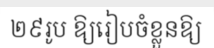
២៩រូប ឱ្យរៀបចំខ្លួនឱ្យ